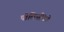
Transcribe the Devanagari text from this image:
पोलिसींगचे